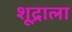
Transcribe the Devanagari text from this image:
शूद्राला